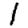
Digit: 1